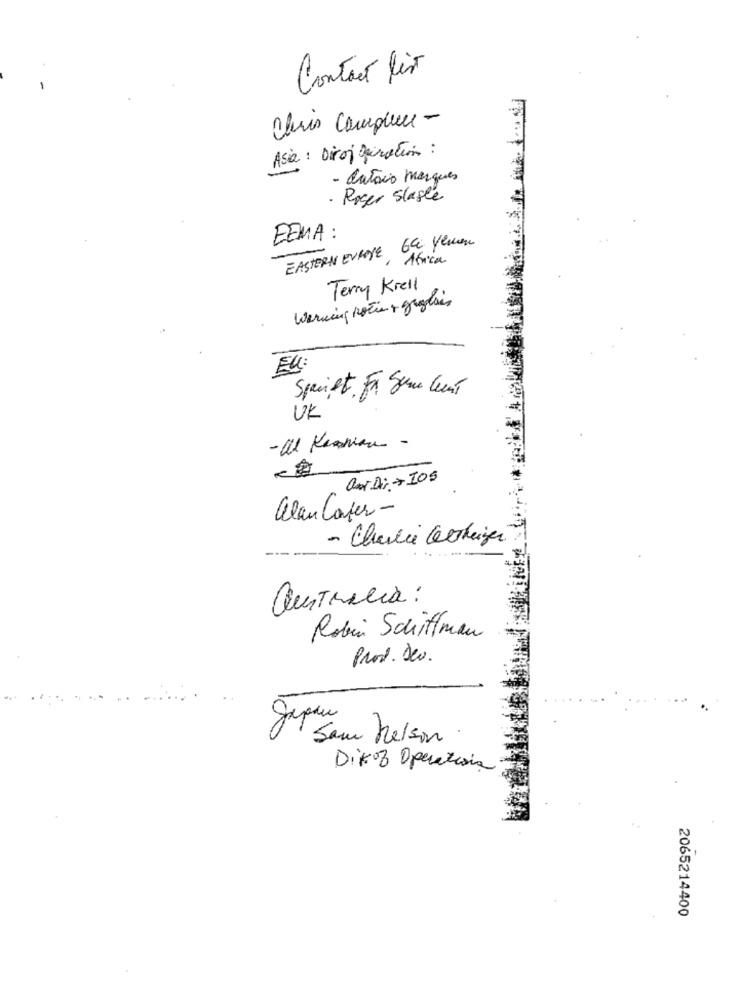
Contact lis
Chris Complete -
Asia : Dirog giration :
- dataio marques
· Roger Slaste
EEMA :
EASTERN EUROPE 6& yemen
16ica
Terry Krell
Werning noti + gratis
El :
Spacient. For Some Cent
UK
- al Keanian -
alan Confer -
- Charlie Gesteiger
australia:
Robin Schiffman
Prod. Dev.
Japan
Sam nelson
DiKoz Operations
2065214400